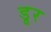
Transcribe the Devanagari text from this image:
डूर